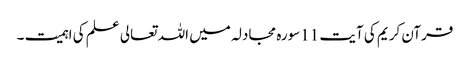
قرآن کریم کی آیت 11سورہ مجادلہ میں اللہ تعالی علم کی اہمیت ۔